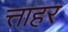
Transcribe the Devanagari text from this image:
त्ताहर